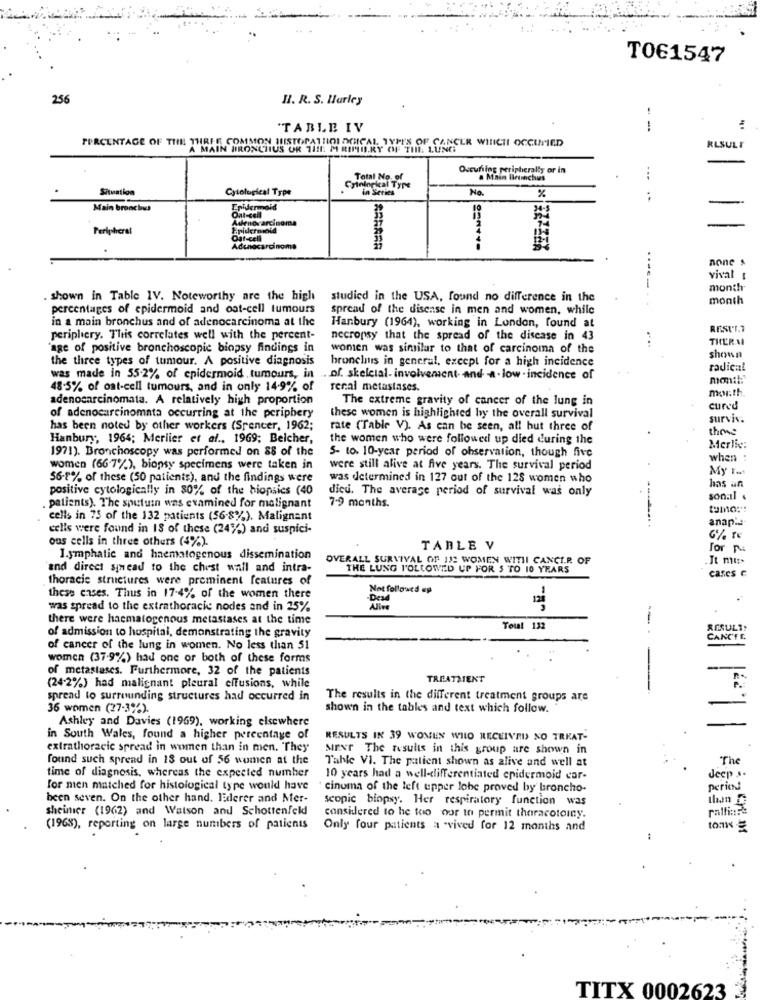
TO61547
256
HI. R. S. Harley
'TABLE IV
1
PERCENTAGE OF THE THREE COMMON HISTOPATHO1 OGICAL TYPES OF CANCER WHICH OCCUMMED
A MAIN BRONCHIUS OR TIL MIRIMLIL.RY OF THE LUNG
RLSULI
Occuring peripheralty or in
Total No. of
a Main Brunchus
...
Situation
Cytological Type
Cyinlogical Type
in Series
No.
%
..
Main bronchus
Inidermoid
Adenocarcinoma
13
Peripheral
13
Dat-cell
Adenocarcinoma
none s
vival :
-----
monthr
. shown in Table IV. Noteworthy are the high
studied in the USA, found no difference in the
. .
month
percentages of epidermoid and oat-cell tumours
spread of the disease in men and women, while
in a main bronchus and of adenocarcinoma at the
Hanbury (1964), working in London, found at
RESULT
periphery. This correlates well with the percent-
necropsy that the spread of the disease in 43
..
THERMI
"age of positive bronchoscopic biopsy findings in
wonen was similar to that of carcinoma of the
the three types of tumour. A positive diagnosis
bronchitis in general, except for a high incidence
shown
radical
was made in 55-2% of epidermoid tumours, in ... of. skeletal- involvement- and -a- low . incidence of
48-5% of oat-cell tumours, and in only 14-9% of
renal metastases.
month
adenocarcinomata. A relatively high proportion
The extreme gravity of cancer of the lung in
cured
of adenocarcinomata occurring at the periphery
these women is highlighted by the overall survival
surviv:
has been noted by other workers (Spencer, 1962;
rate (Table V). As can be seen, all but three of
these
Hanbury, 1964; Meriier et al ., 1969; Belcher,
the women who were followed up died during the
1971). Bronchoscopy was performed on 88 of the
5- to. 10-year period of observation, though five
Merliv:
when :
women (66-7%), biopsy specimens were taken in
were still alive at five years. The survival period
My Tat
56-8% of these (50 patients), and the findings were
was determined in 127 out of the 128 women who
positive cytologically in 80% of the biopsies (40
dieu. The average period of survival was only
has an
sonal .
patients). The sputuin was examined for malignant
7-9 months.
tamo ::
cells in 75 of the 132 patients (56-8%). Malignant
ananie
cells were found in 18 of these (24%) and suspici-
ous cells in three others (4%).
6% To
TABLE V
For
I.ymphatic and haematogenous dissemination
OVERALL SURVIVAL OF 112 WOMEN WITH CANCER OF
.It mu:>
and direct sinead to the chest wall and intra-
THE LUNG FOLLOWED UP FOR $ TO 10 YEARS
cases €
thoracic structures were prominent features of
Not followed up
these cases. Thus in 17-4% of the women there
-Desd
was spread to the extrathoracic nodes and in 25%
Alive
there were haematogenous metastases at the time
--
Total 132
of admission to hospital, demonstrating the gravity
CANCEL
of cancer of the lung in women. No less than 51
women (37-9%) had one or both of these forms
of metastases. Furthermore, 32 of the patients
TREATMENT
(24-2%) had malignant pleural effusions, while
spread to surrounding structures had occurred in
The results in the different treatment groups are
36 women (27.3%).
shown in the tables and text which follow.
Ashley and Davies (1969), working elsewhere
in South Wales, found a higher percentage of
RESULTS IN 39 WOMEN WHO RECEIVED NO TRKAT-
extrathoracic spread in women than in men. They
MirNr The results in this group are shown in
found such spread in 18 out of 56 women at the
Table VI. The patient shown as alive and well at
The
time of diagnosis, whereas the expected number
10 years had a well-differentiated epidermoid car-
Jeep s.
for men matched for histological tyne would have
cinuma of the left upper lobe proved by broncho-
perien!
been seven. On the other hand. EEderer and Mer-
scopic biopsy. Her respiratory function was
sheimer (1962) and Watson and Schottenfeld
ralli :?!
considered to he too oor to permit thoracotoiny.
(1968), reporting on large numbers of patients
Only four patients a "vived for 12 months and
tonw
TITX 0002623